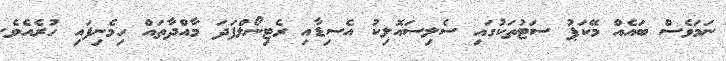
ނަމަވެސް ބައެއް މޭކަޕު ސަޓުތަކުގައި ސެލިސައޮލިކު އެސިޑާއި ރެޓިނޯލްފަދަ މާއްދާތައް ހިމެނިފައި ހުރެއެވެ.